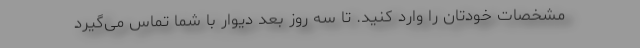
مشخصات خودتان را وارد کنید. تا سه روز بعد دیوار با شما تماس می‌گیرد